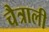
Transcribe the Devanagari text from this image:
चैत्राली